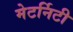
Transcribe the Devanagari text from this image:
मेटर्निटी